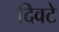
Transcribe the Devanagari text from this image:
दिवटे